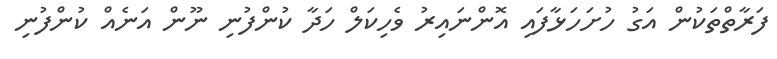
ފަރާތްތަކުން އަގު ހުށަހަޅާފައި އޮންނައިރު ވެހިކަލް ހަދާ ކުންފުނި ނޫން އަނެއް ކުންފުނި